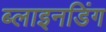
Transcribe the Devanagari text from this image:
ब्लाइनडिंग